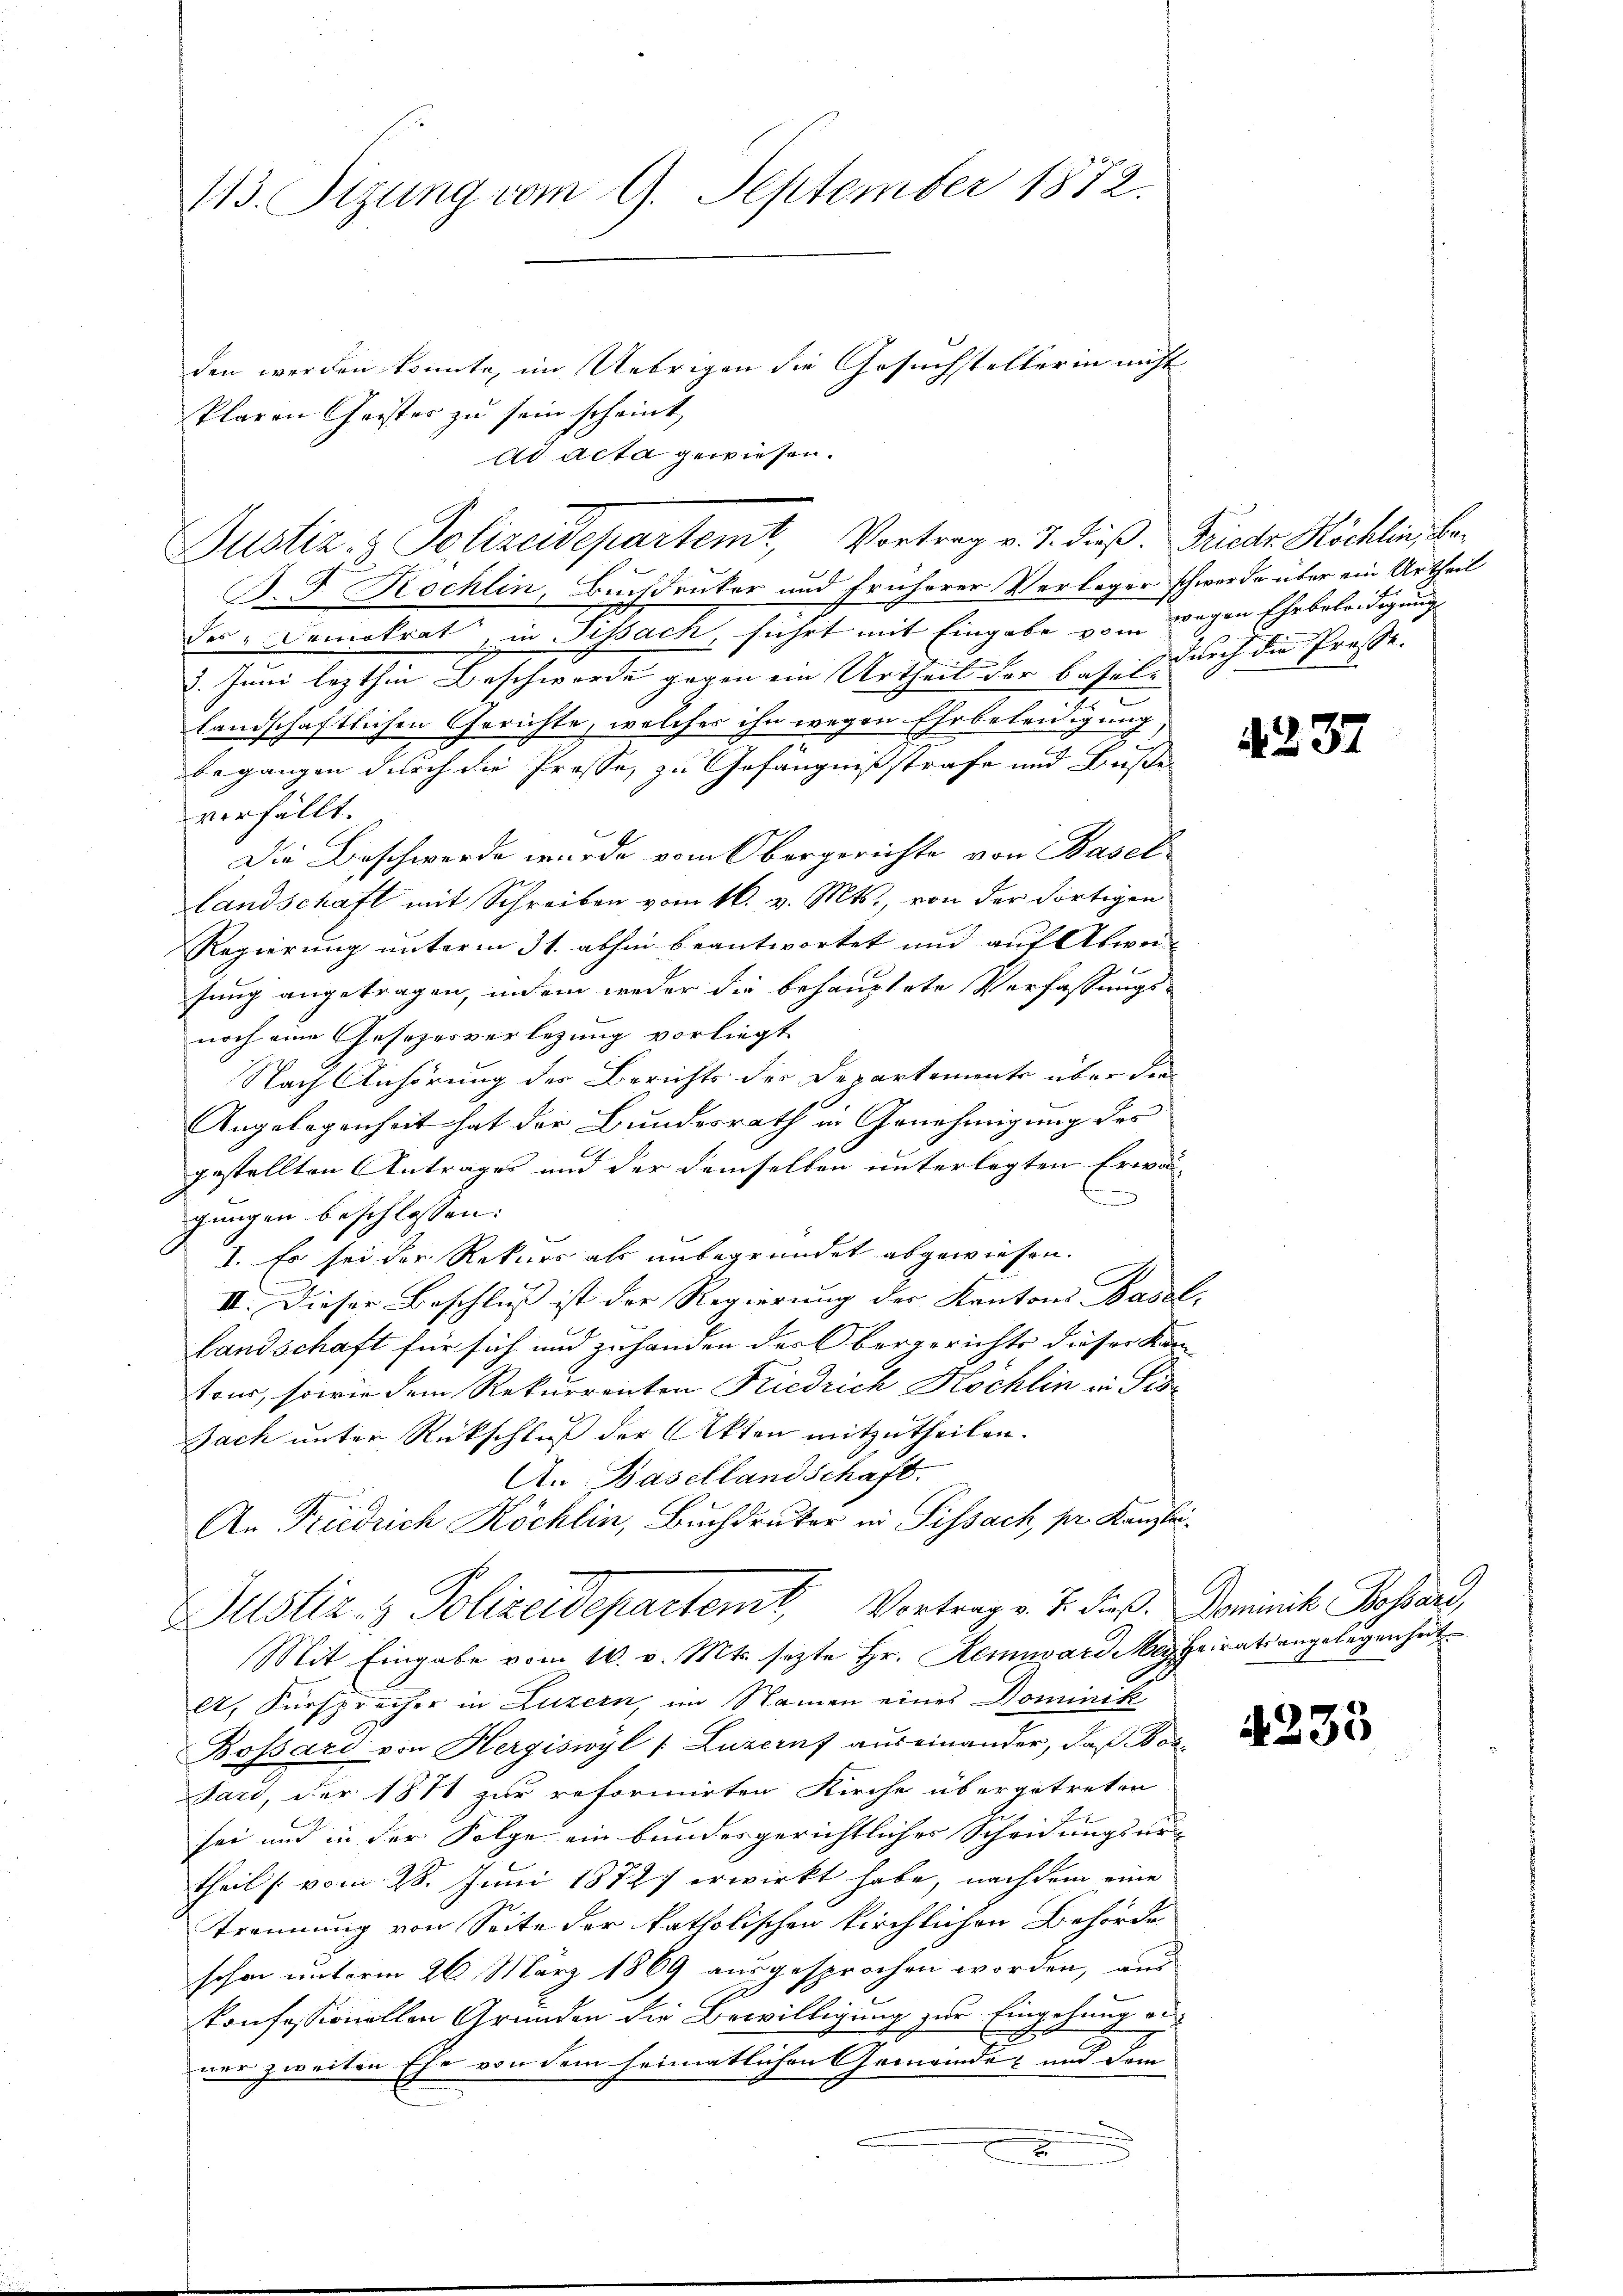
113. Sizung vom 9. September 1872.

klaren Geister zu sein scheint,
B. G. Rochlin, Buchdruker und Früherer Verleger schwerde über ein Urtheil
der "Demokrat in Sitzach, führt mit Eingabe vom wegen Ehrbeleidigung
3. Juni lezthin Beschworde gegen ein Urtheil der besittlich die Preße.
landschaftlichen Gerichte, welches ihn wegen Ehrbeleidigung
begangen durch die Presse, zu Gefängnißstrafe und Buße
verfällt.
Die Beschwerde wurde vom Obergerichte von Basel-
Landschaft mit Schreiben vom 16. v. Mts., von der dortigen
Regierung unterm 31. abhin beantwortet und auf Abweisung angetragen, indem weder die behauptete Verfassungs-
noch eine Gesetzesverlegung vorliegt
Nach Anhörung der Berichts der Departements über die
Angelegenheit hat der Bundesrath in Genehmigung des
gestellten Antrages und der demselben unterlegten Erwä¬
6
gungen beschlossen:
I. Es sei der Rekurs als unbegründet abgewiesen.
II. Dieser Beschluß ist der Regierung der Kantons Basel,
landschaft für sich und zuhanden der Obergerichte dieser Kom-
tour, sowie dem Rekurrenten Friedrich Köchlin in Pis¬
Jach unter Rückschluß der Akten mitzutheilen.
An Basellandschaft.
An Friedrich Köchlin, Buchdruker in Pissach, pr. Kanzlei¬
Justiz- & Polizeidepartemt Vortrag v. J. dieß. Dominik Bossard,
Mit Eingabe vom 10. d. Mts. sezte Hr. Rennward Meyheirats angelegenheit
A. Fürsprecher in Luzern, im Namen eines Dominik
Bossard von Hergiswyl f Luzernf auseinander, daß Bos¬
Jari, der 1811 zur reformirten Kirche übergetreten
sei und in der Folge ein bundesgerichtlicher Scheidungsur-
theil /: vom 28. Juni 1872 erwirkt habe, nachdem eine
Trennung von Seite der katholischen kirchlichen Behörde
schon unterm 26. März 1869 ausgesprochen worden, aus
konfessionellen Gründen die Bewilligung zur Eingehung aus
ner zweiten Ehe von dem heimatlichen Gemeinder und dem
x

den werden konnte, im Uebrigen die Gesuchstellerin nicht
ad acta gewiesen.
Justiz & Polizeidepartemt, Vortrag v. 7. dieß. Frieder Höchlin, be¬

4237

4235